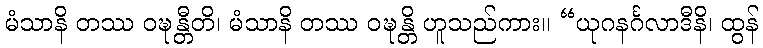
မံသာနိ တဿ ဝဍ္ဎန္တီတိ၊ မံသာနိ တဿ ဝဍ္ဎန္တိ ဟူသည်ကား။ “ယုဂနင်္ဂလာဒီနိ၊ ထွန်